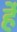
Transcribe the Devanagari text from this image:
र्हे